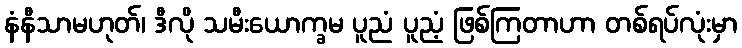
နံနီသာမဟုတ်၊ ဒီလို သမီးယောက္ခမ ပူညံ ပူညံ့ ဖြစ်ကြတာဟာ တစ်ရပ်လုံးမှာ